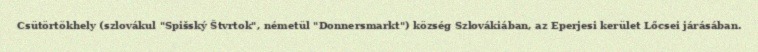
Csütörtökhely (szlovákul "Spišský Štvrtok", németül "Donnersmarkt") község Szlovákiában, az Eperjesi kerület Lőcsei járásában.